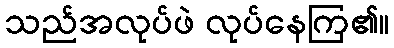
သည်အလုပ်ဖဲ လုပ်နေကြ၏။